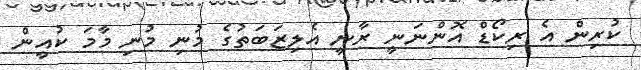
ކުރިން އެ ރިކޯޑް އޮންނަނީ ރާނީ އެލިޒަބަތުގެ މުނި މުނި މާމަ ކުއީން